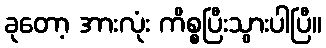
ခုတော့ အားလုံး ကိစ္စပြီးသွားပါပြီ။